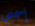
إسمعي